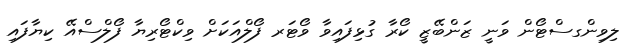
ލިވިންގސްޓޯން ވަނީ ޒަންބޭޒީ ކޯރާ ގުޅިފައިވާ ވޯޓަރ ފޯލްއަކަށް ވިކްޓޯރިޔާ ފޯލްސްއޭ ކިޔާފައި